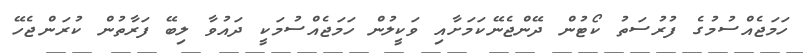
ހަމަޖެއްސުމުގެ ފުރުސަތު ކޯޓުން ދޭންޖެނޭކަމަށާއި ވަކީލުން ހަމަޖެއްސުމަކީ ދައުވާ ލިބޭ ފަރާތުން ކުރަންޖެހޭ